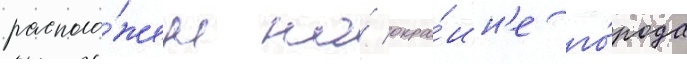
располо́жен на́ окра́ин'е го́рода